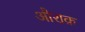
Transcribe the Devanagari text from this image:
औराक़